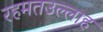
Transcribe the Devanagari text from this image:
रहमतउल्लाह